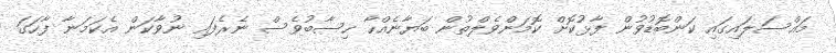
މައްސަލައިގައި ކަންބޮޑުވުން ފާޅުކޮށް ކޮމަންވެލްތުން ބަޔާނެއްހާ ހިސާބުވެސް ނެރެފައި ނުވާކަން އެކަމަނާ ފާހަގަ